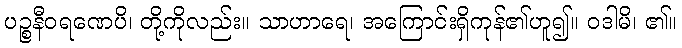
ပဉ္စနီဝရဏေပိ၊ တို့ကိုလည်း။ သာဟာရေ၊ အကြောင်းရှိကုန်၏ဟူ၍။ ဝဒါမိ၊ ၏။